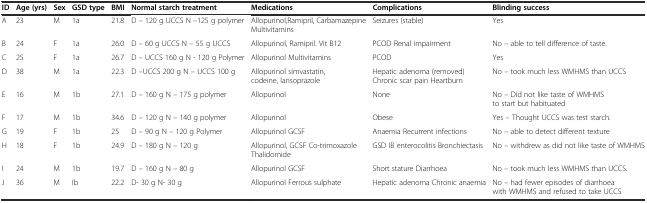
| ID | Age (yrs) | Sex | GSD type | BMI | Normal starch treatment | Medications | Complications | Blinding success |
 | --- | --- | --- | --- | --- | --- | --- | --- | --- |
 | A | 23 | M | 1a | 21.8 | D – 120 g UCCS N –125 g polymer | Allopurinol,Ramipril, Carbamazepine Multivitamins | Seizures (stable) | Yes |
 | B | 24 | F | 1a | 26.0 | D – 60 g UCCS N – 55 g UCCS | Allopurinol, Ramipril. Vit B12 | PCOD Renal impairment | No – able to tell difference of taste. |
 | C | 25 | F | 1a | 26.7 | D – UCCS 160 g N - 120 g Polymer | Allopurinol Multivitamins | PCOD | Yes |
 | D | 38 | M | 1a | 22.3 | D –UCCS 200 g N – UCCS 100 g | Allopurinol simvastatin, codeine, lansoprazole | Hepatic adenoma (removed) Chronic scar pain Heartburn | No – took much less WMHMS than UCCS |
 | E | 16 | M | 1b | 27.1 | D – 160 g N – 175 g polymer | Allopurinol | None | No – Did not like taste of WMHMS to start but habituated |
 | F | 17 | M | 1b | 34.6 | D – 120 g N – 140 g polymer | Allopurinol | Obese | Yes – Thought UCCS was test starch. |
 | G | 19 | F | 1b | 25 | D – 90 g N – 120 g Polymer | Allopurinol GCSF | Anaemia Recurrent infections | No – able to detect different texture |
 | H | 18 | F | 1b | 24.9 | D – 180 g N – 120 g | Allopurinol, GCSF Co-trimoxazole Thalidomide | GSD IB enterocolitis Bronchiectasis | No – withdrew as did not like taste of WMHMS |
 | I | 24 | M | 1b | 19.7 | D – 160 g N – 80 g | Allopurinol GCSF | Short stature Diarrhoea | No – took much less WMHMS than UCCS. |
 | J | 36 | M | Ib | 22.2 | D- 30 g N- 30 g | Allopurinol Ferrous sulphate | Hepatic adenoma Chronic anaemia | No – had fewer episodes of diarrhoea with WMHMS and refused to take UCCS |